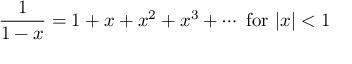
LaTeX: { \frac { 1 } { 1 - x } } = 1 + x + x ^ { 2 } + x ^ { 3 } + \cdots { \mathrm { ~ f o r ~ } } | x | < 1